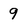
Character: 9